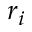
r _ { i }